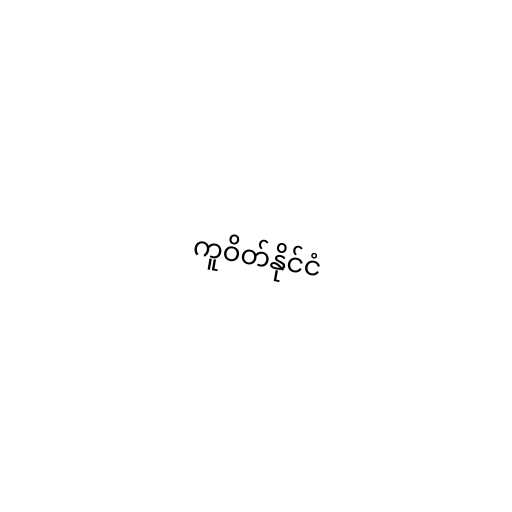
ကူဝိတ်နိုင်ငံ